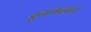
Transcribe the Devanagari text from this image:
जूनागढ़वाले